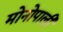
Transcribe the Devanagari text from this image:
मोनोपाली